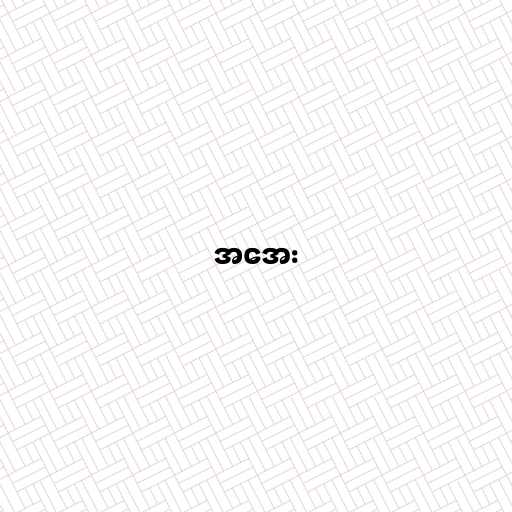
အအေး